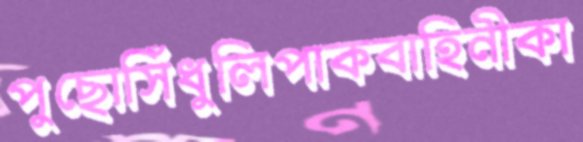
পুছোসিঁধুলিপাকবাহিনীকা